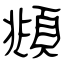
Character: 頫